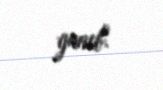
yanıb.